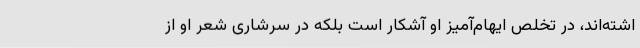
اشته‌اند، در تخلص ایهام‌آمیز او آشکار است بلکه در سرشاری شعر او از